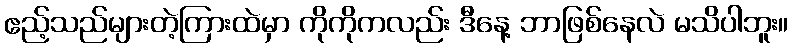
ဧည့်သည်များတဲ့ကြားထဲမှာ ကိုကိုကလည်း ဒီနေ့ ဘာဖြစ်နေလဲ မသိပါဘူး။